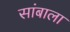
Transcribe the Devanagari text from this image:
सांबाला